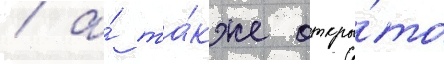
/ а́ та́кже откры́то